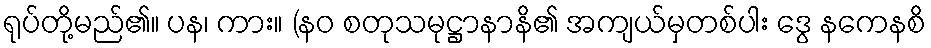
ရုပ်တို့မည်၏။ ပန၊ ကား။ (နဝ စတုသမုဋ္ဌာနာနိ၏ အကျယ်မှတစ်ပါး ဒွေ နကေနစိ